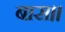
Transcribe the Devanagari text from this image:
बास।।